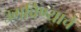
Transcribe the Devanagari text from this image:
उगविण्याचे